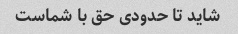
شاید تا حدودی حق با شماست